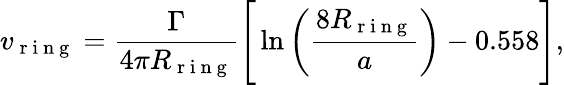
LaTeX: v_{\mathrm{~r~i~n~g~}}=\frac{\Gamma}{4\pi R_{\mathrm{~r~i~n~g~}}}\Bigg[\ln\bigg(\frac{8R_{\mathrm{~r~i~n~g~}}}{a}\bigg)-0.558\Bigg],